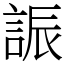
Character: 誫